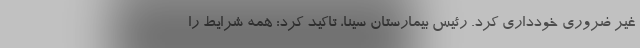
غیر ضروری خودداری کرد. رئیس بیمارستان سینا، تاکید کرد: همه شرایط را